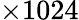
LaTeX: \times 1024